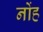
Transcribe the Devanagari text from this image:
नोंह